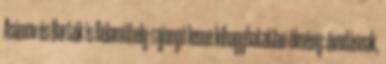
Asimov és Bartók is Bélaműhely-rajongó lenne kihagyhatatlan élmény: óvodásnak,